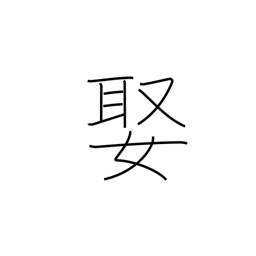
Meaning: arrange a marriage